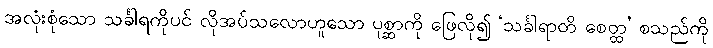
အလုံးစုံသော သင်္ခါရကိုပင် လိုအပ်သလောဟူသော ပုစ္ဆာကို ဖြေလို၍ ‘သင်္ခါရာတိ စေတ္ထ’ စသည်ကို